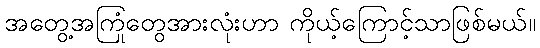
အတွေ့အကြုံတွေအားလုံးဟာ ကိုယ့်ကြောင့်သာဖြစ်မယ်။